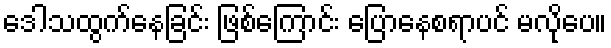
ဒေါသထွက်နေခြင်း ဖြစ်ကြောင်း ပြောနေစရာပင် မလိုပေ။